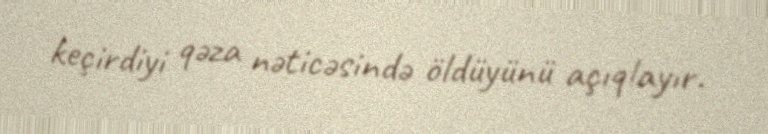
keçirdiyi qəza nəticəsində öldüyünü açıqlayır.